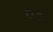
૦૭